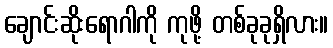
ချောင်းဆိုးရောဂါကို ကုဖို့ တစ်ခုခုရှိလား။